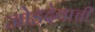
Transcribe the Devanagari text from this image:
जोडदेवाची